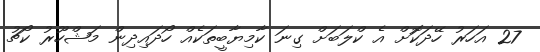
27 އަހަރު ހޭދަކޮަށް އެ ކްލަބަށް ގިނަ ކާމިޔާބީތަކެއް ހޯދައިދިން މަޝްހޫރު ކޯޗު